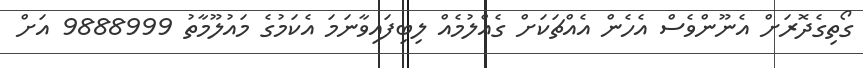
ގޯތިގެދޮރަށް އެނޫންވެސް އެެހެން އެއްޗަކަށް ގެއްލުމެއް ލިބިފައިވާނަމަ އެކަމުގެ މައުލޫމާތު 9888999 އަށް